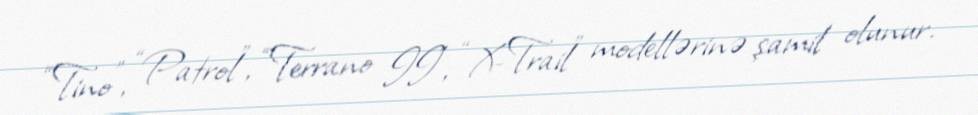
“Tino”, “Patrol”, “Terrano II”, “X-Trail” modellərinə şamil olunur.